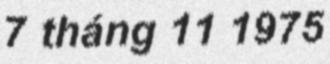
7 tháng 11 1975